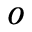
o